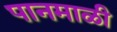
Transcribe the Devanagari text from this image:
पानमाळी